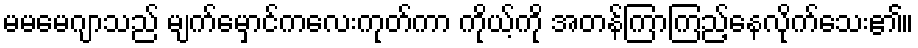
မမမေဂျာသည် မျက်မှောင်ကလေးကုတ်ကာ ကိုယ့်ကို အတန်ကြာကြည့်နေလိုက်သေး၏။